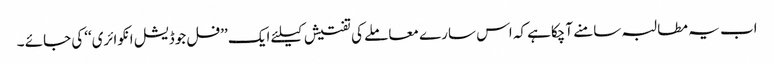
اب یہ مطالبہ سامنے آچکاہے کہ اس سارے معاملے کی تفتیش کیلئے ایک ’’فل جوڈیشل انکوائری‘‘کی جائے ۔